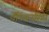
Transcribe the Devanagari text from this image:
चैंपियनसिप